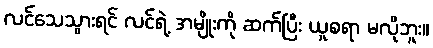
လင်သေသွားရင် လင်ရဲ့ အမျိုးကို ဆက်ပြီး ယူစရာ မလိုဘူး။